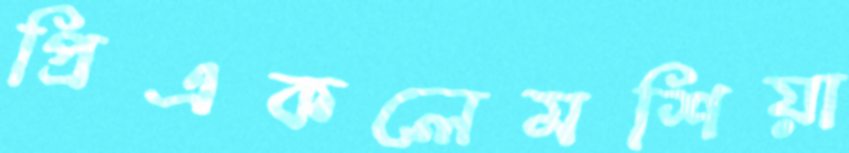
প্রিএকলেমশিয়া